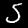
Digit: 5